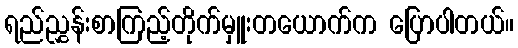
ရည်ညွှန်းစာကြည့်တိုက်မှူးတယောက်က ပြောပါတယ်။